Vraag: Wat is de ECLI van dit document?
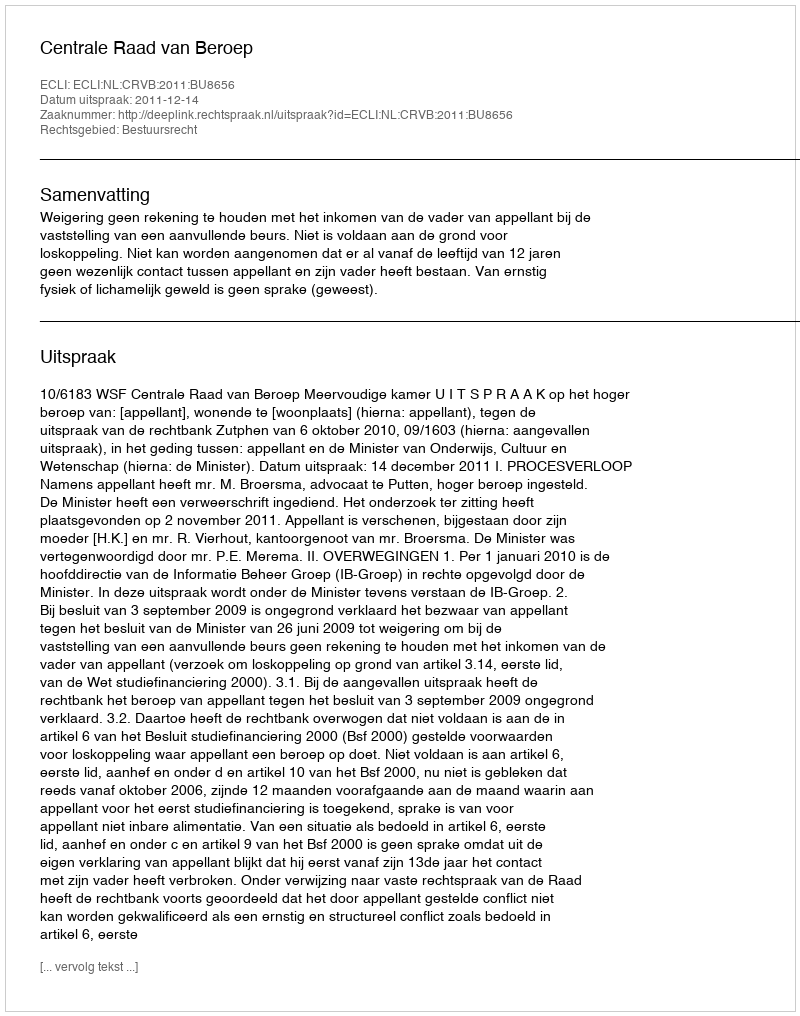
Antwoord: ECLI:NL:CRVB:2011:BU8656